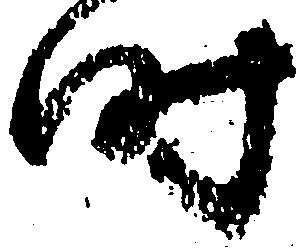
時